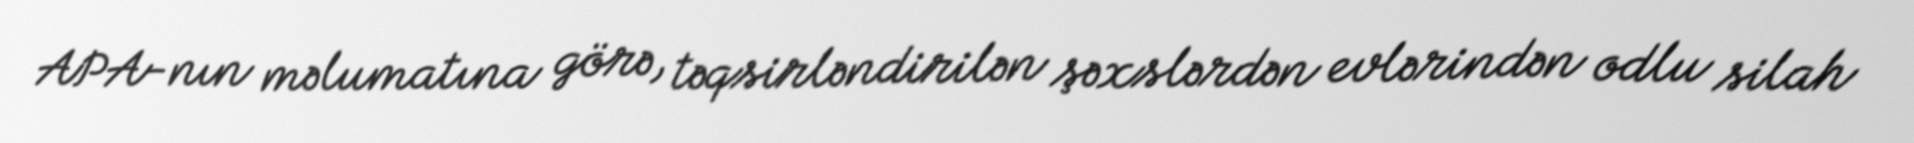
APA-nın məlumatına görə, təqsirləndirilən şəxslərdən evlərindən odlu silah